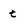
Character: t